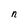
Character: n